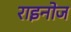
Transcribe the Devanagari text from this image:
राइनोज